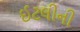
ઈટલીની